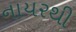
નાયરથી